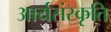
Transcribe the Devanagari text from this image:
आर्यसंस्कृति